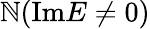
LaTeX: \mathbb{N}(\mathrm{{Im}}E\neq0)